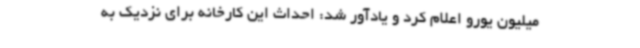
میلیون یورو اعلام کرد و یادآور شد: احداث این کارخانه برای نزدیک به